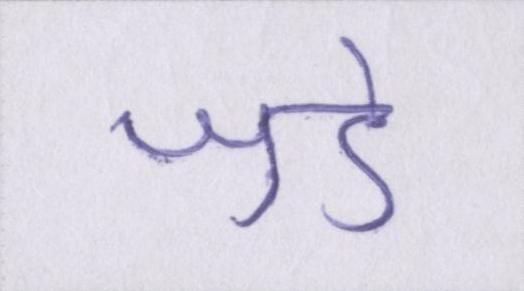
जुडे